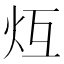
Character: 𪸒